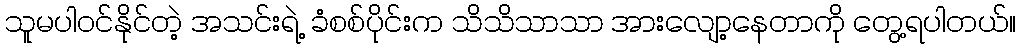
သူမပါဝင်နိုင်တဲ့ အသင်းရဲ့ ခံစစ်ပိုင်းက သိသိသာသာ အားလျော့နေတာကို တွေ့ရပါတယ်။